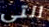
التي